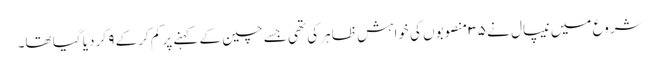
شروع میں نیپال نے ۳۵ منصوبوں کی خواہش ظاہر کی تھی جسے چین کے کہنے پر کم کرکے ۹ کر دیا گیا تھا۔